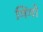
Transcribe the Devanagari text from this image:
गिंगो